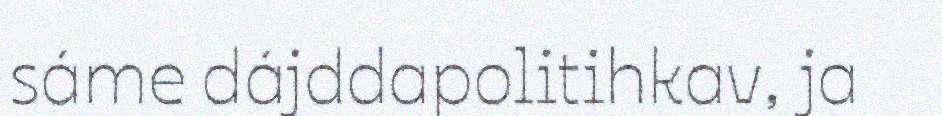
sáme dájddapolitihkav, ja